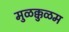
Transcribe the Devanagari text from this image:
मुळक्कुळम